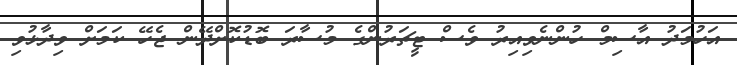
އަހުމަދު އާސިމް ހުންނެވިއިރު ވެސް ޓީޗަރުންގެ މުސާރަ ބޮޑުކޮށްދޭން ޖެހޭ ކަމަށް ވިދާޅުވި